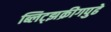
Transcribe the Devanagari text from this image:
ब्लिट्झक्रीगपुढे